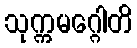
သုက္ကမဂ္ဂေါတိ